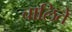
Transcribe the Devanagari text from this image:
चालितें